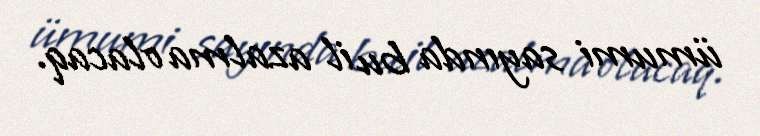
ümumi sayında bu il azalma olacaq.